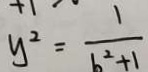
y ^ { 2 } = \frac { 1 } { b ^ { 2 } + 1 }